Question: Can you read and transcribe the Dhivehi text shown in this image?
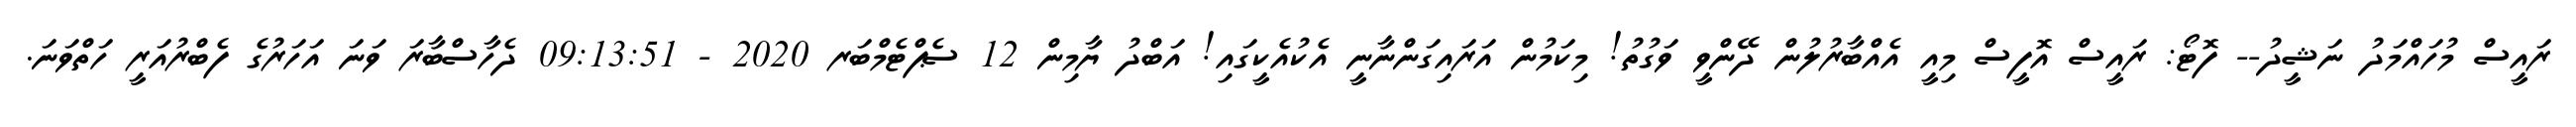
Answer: ރައީސް މުހައްމަދު ނަޝީދު-- ފޮޓޯ: ރައީސް އޮފީސް މިއީ އެއްބާރުލުން ދޭންވީ ވަގުތު! މިކަމުން އަރައިގަންނާނީ އެކުއެކީގައި! އަބްދު ޔާމިން 12 ސެޕްޓެމްބަރ 2020 - 09:13:51 ދެހާސްބާރަ ވަނަ އަހަރުގެ ފެބްރުއަރީ ހަތްވަނަ.